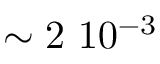
\sim 2 ~ 1 0 ^ { - 3 }